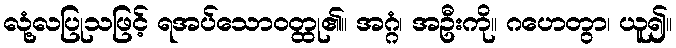
လုံ့လပြုသဖြင့် ရအပ်သောဝတ္ထု၏။ အဂ္ဂံ၊ အဦးကို။ ဂဟေတွာ၊ ယူ၍။